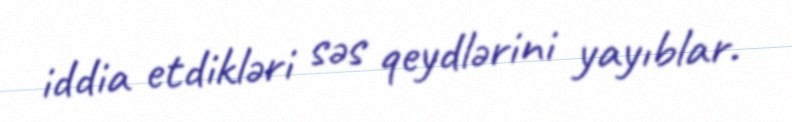
iddia etdikləri səs qeydlərini yayıblar.